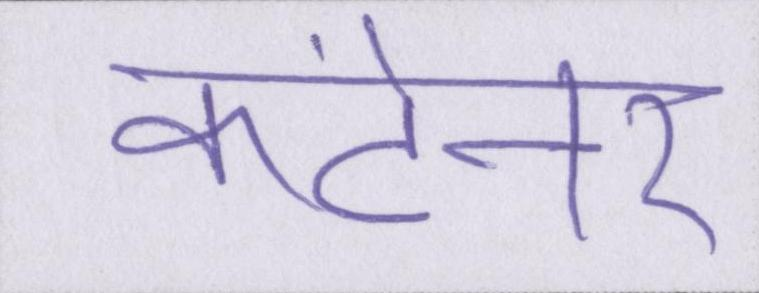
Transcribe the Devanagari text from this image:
कंटेनर